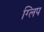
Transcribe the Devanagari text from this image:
ग्लिप